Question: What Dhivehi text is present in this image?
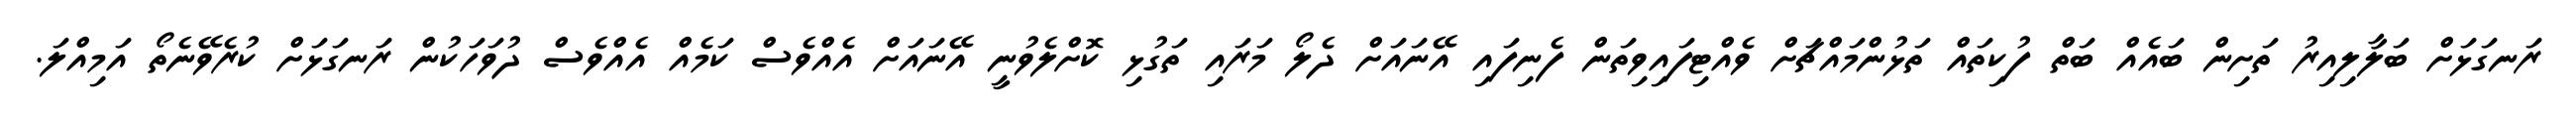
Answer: ރަނގަޅަށް ބަލާލިއިރު ތަށިން ބައެއް ބަތް ފުކިތައް ތަޅުންމައްޗަށް ވެއްޓިފައިވިތަން ފެނިފައި އޭނައަށް ދެލޯ މަރައި ތަގުޅި ކޮށްލެވުނީ އޭނައަށް އެއްވެސް ކަމެއް އެއްވެސް ދުވަހަކުން ރަނގަޅަށް ކުރެވޭނެތޯ އަމިއްލަ.